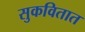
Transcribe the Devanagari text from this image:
सुकवितात